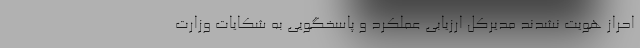
احراز هویت نشدند مدیرکل ارزیابی عملکرد و پاسخگویی به شکایات وزارت